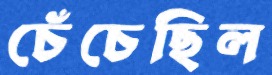
চেঁচেছিল